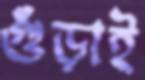
গুঁড়াই